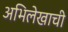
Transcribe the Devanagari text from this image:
अभिलेखाची